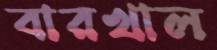
বারখাল